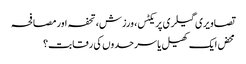
تصاویری گیلری پریکٹس، ورزش، تحفہ اور مصافحہ
محض ایک کھیل یا سرحدوں کی رقابت؟